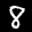
Label: 8